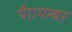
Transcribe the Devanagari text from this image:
पैग़मम्बर